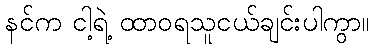
နင်က ငါ့ရဲ့ ထာဝရသူငယ်ချင်းပါကွာ။